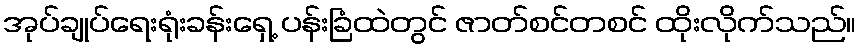
အုပ်ချုပ်ရေးရုံးခန်းရှေ့ ပန်းခြံထဲတွင် ဇာတ်စင်တစင် ထိုးလိုက်သည်။